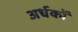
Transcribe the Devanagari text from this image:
अर्धकों